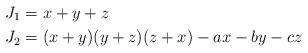
LaTeX: \begin{align*}J_1 &= x+y+z \\J_2 &= (x+y)(y+z)(z+x)-ax-by-cz\end{align*}